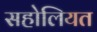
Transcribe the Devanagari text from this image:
सहोलियत